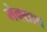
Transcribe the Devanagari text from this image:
मेक्ग्राथ